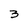
Character: 3